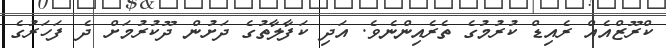
ކްރޫޒްއެއް ރެއިޑް ކުރުމުގެ ތެރެއިންނެވެ. އަދި ކަފާލާތުގެ ދަށުން ދޫކުރުމަށް ދެ ފަހަރުގެ